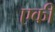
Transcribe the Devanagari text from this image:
एकीं